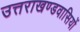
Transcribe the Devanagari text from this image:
उत्तराखण्डवासियों